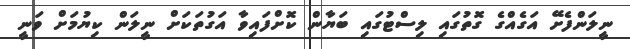
ނީލަންފެށޭ އަގެއްގެ ގޮތުގައި ލިސްޓުގައި ބަޔާން ކޮށްފައިވާ އަގުތަކަށް ނީލަން ކިޔުމަށް ވަނީ